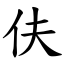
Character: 伕